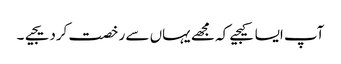
آپ ایسا کیجیے کہ مجھے یہاں سے رخصت کردیجیے۔